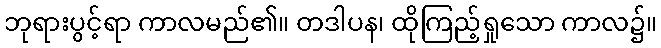
ဘုရားပွင့်ရာ ကာလမည်၏။ တဒါပန၊ ထိုကြည့်ရှုသော ကာလ၌။